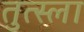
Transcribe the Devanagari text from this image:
तुत्स्ला